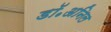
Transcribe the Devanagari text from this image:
डॉ॰अनिल